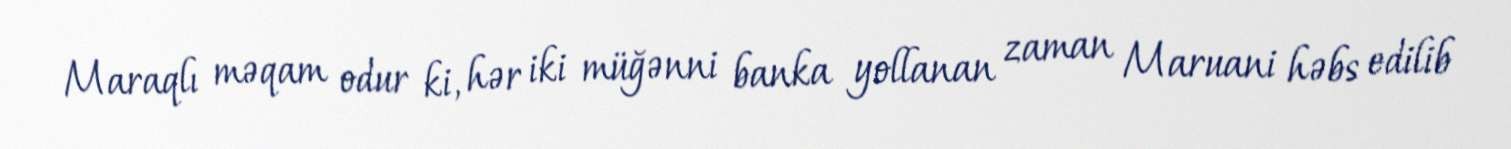
Maraqlı məqam odur ki, hər iki müğənni banka yollanan zaman Maruani həbs edilib